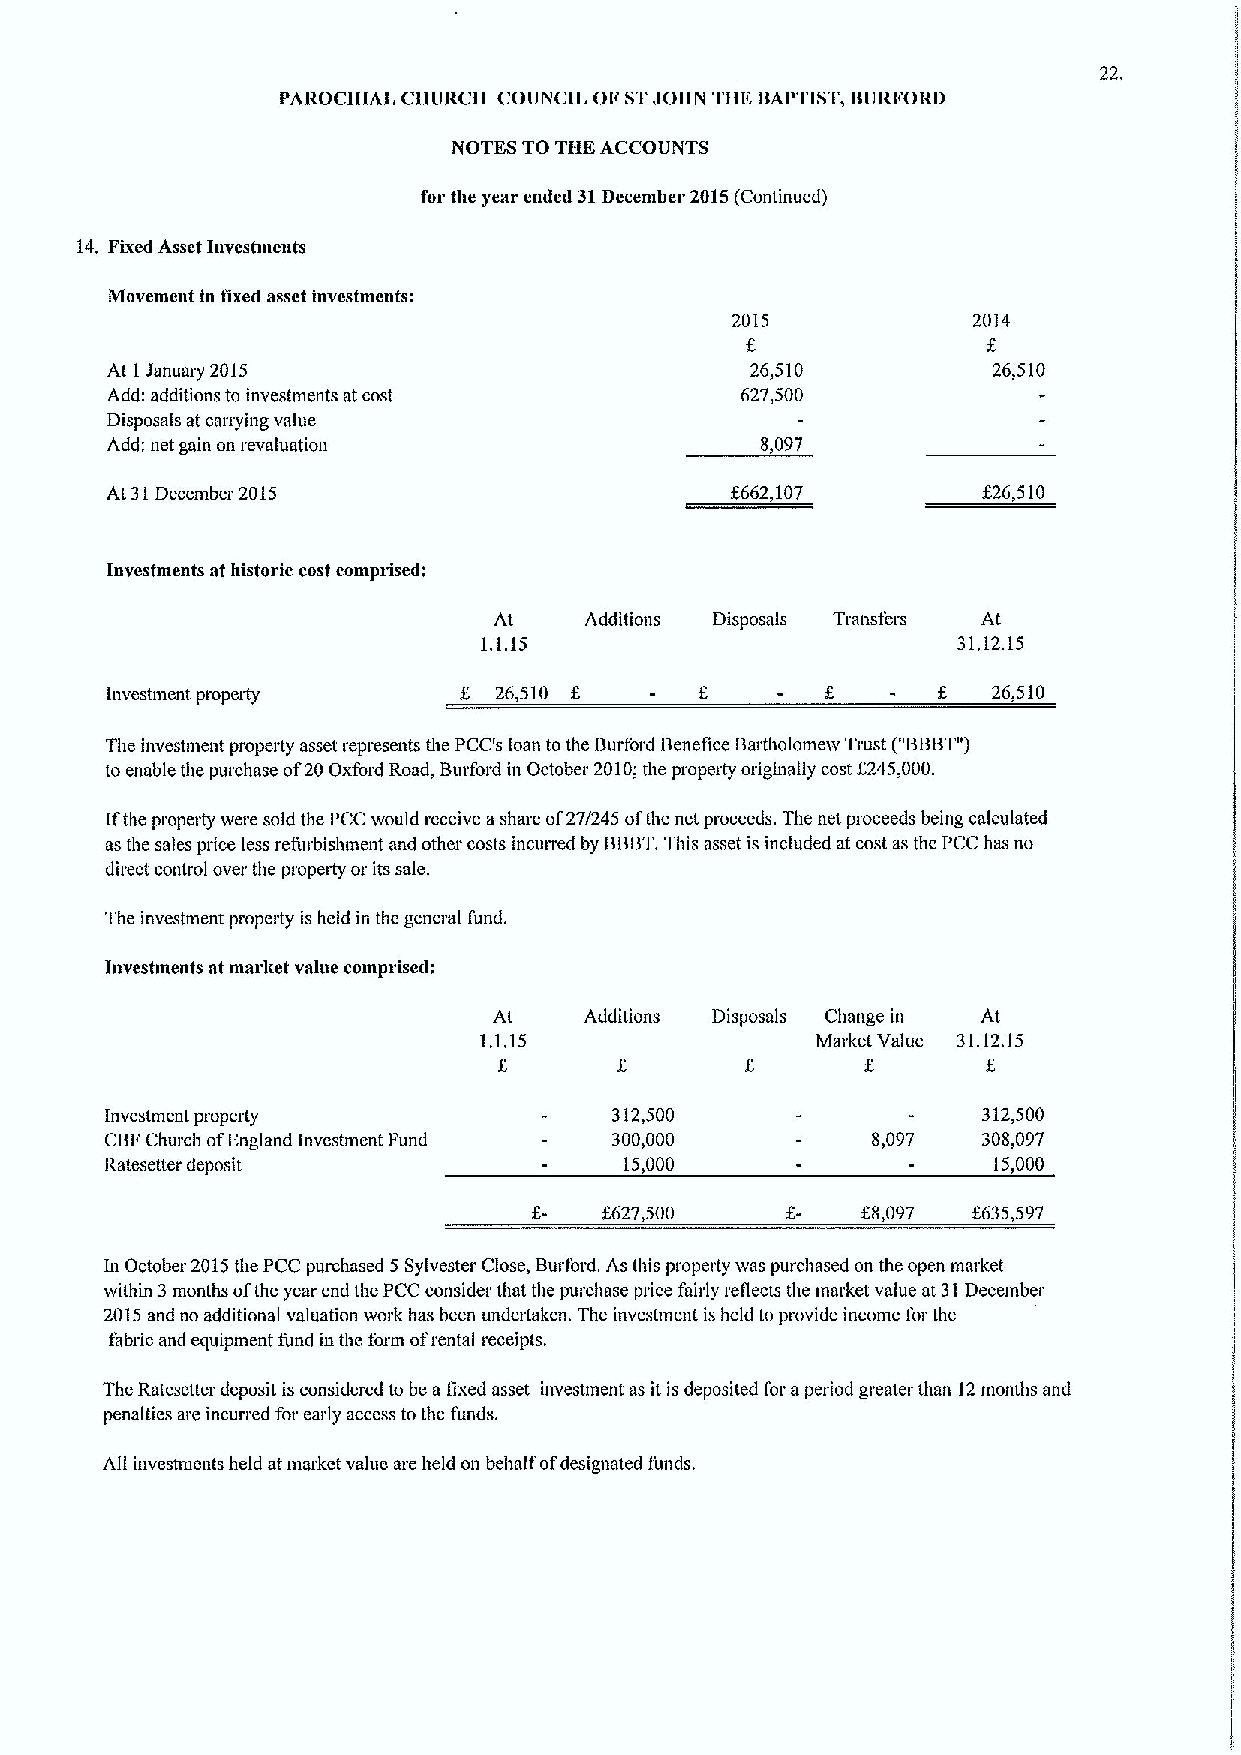
22.
 PAROCHIAL CHURCH COUNCIL OF STJOHN THE BAPTIST, BURFORD
 NOTES TO THE ACCOUNTS
 for the year ended 31December 2015(Continued)
 14. Fixed Asset Investmcnts
 Movement in fixed asset invcstmcnts:
 2015            2014
 At I Januaiy 2015                          26,510          26,510
 Add; additions to investments at cost     627,500
 Disposals at carrying value
 Add: net gain on revaluation               8,097
 At 31December 2015                       f662,107         $26,510
 Investments at historic cost comprised:
 At    Additions Disposals Transfers At
 1.1.15                         31.12.15
 Investment property    6  26,510                f.  -  K   26 510
 The investment property asset represents the PCC's loan to the Burford Benefice Bartholomeiv Trust ("BBBT")
 f
 to enable the purchase of20 Oxford Road, Burford in October 2010;the property originally cost 245,000.
 Ifthe property were sold the PCCwould receive ashare of27/245 ofthe net proceeds. The net proceeds being calculated
 as the sales price less refurbishment and other costs incurred by BBBT.This asset is included at cost as the PCC has no
 direct control over the property or its sale.
 The investment property is held in the general fund.
 Investments at market value comprised:
 At    Additions Disposals Change in At
 1.1.15                Market Value 31.12.15
 Investment property               312,500                 312,500
 CBI'Church ofEngland Investment I'und 300,000      8,097  308,097
 Ratesetter deposit                15,000                   15,000
 f627,500         K8,097 %635,597
 In October 2015the PCC purchased 5 Sylvester Close, Burford. As this property was purchased on the open market
 within 3 months ofthe year end the PCC consider that the purchase price fairly reflects the market value at 31December
 2015and no additional valuation work has been undertaken. The investment is held to provide income for the
 fabric and equipment fund in the form ofrental receipts.
 The Ratesetter deposit is considered to be a lixed asset investment as it is deposited for aperiod greater than 12months and
 penalties are incurred for early access to the funds.
 AII investments held at market value are held on behalf ofdesignated funds.